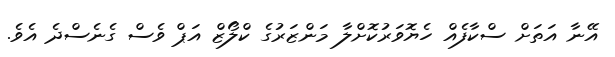
އޭނާ އަތަށް ސްކާފެއް ހެޔޮވަރުކޮށްލާ މަންޒަރުގެ ކްލޯޒް އަޕް ވެސް ގެނެސްދެ އެވެ.